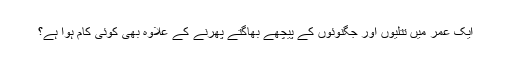
ایک عمر میں تتلیوں اور جگنوئوں کے پیچھے بھاگتے پھرنے کے علاوہ بھی کوئی کام ہوا ہے؟